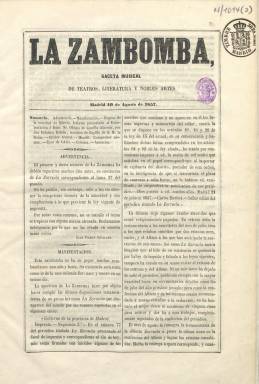
Título: La Zambomba (Madrid)
Colección: Cultura || Música
Ámbito geográfico: Madrid
Lugar de publicación: Madrid
Fechas: 10/08/1857-10/08/1857

Con este título sólo se tiró una entrega, correspondiente al diez de agosto de 1857, en sustitución de La Zarzuela, que había sido suspendida, tras publicar su número del 27 de julio, por el gobernador provincial de Madrid, ya que en esta publicación no aparecía indicado el nombre de su editor responsable ni ningún otro como firma de sus textos (sólo las iniciales de los mismos), y ello contravenía la ley de imprenta promulgada el 13 de abril de ese mismo año.

Así queda indicado en la primera página de La Zambomba, con la correspondiente nota de advertencia, firmada por Juan Ramón Igualada, única rúbrica que aparece en todos los textos de este único número, junto a la indicación de su editor responsable, que no es otro que su propio impresor, Aniceto Menéndez.

El subtítulo de La Zambomba será el mismo que había tenido La Zarzuela –gaceta musical de teatros, literatura y nobles artes-, periódico este que había comenzado su publicación el cuatro de febrero de 1856, dirigido por Eduardo Velaz de Medrano (1814-1865) e impreso por el citado Menéndez desde que el tres de noviembre había absorbido a El Agente de los teatros (1855), y fundido desde septiembre de ese mismo año con La Gaceta musical de Madrid (1855), que había dirigido por su parte Hilarión Eslava (1807-1878).

La Zambomba también tiene el mismo formato y estructura que La Zarzuela: contiene sumario y las secciones Crítica teatral, Crónica y Anuncios, y dos artículos, uno sobre el informe de Hilarión Eslava del órgano de la Catedral de Murcia y el segundo sobre la obra del compositor alemán Händel.

También, Juan Ramón Igualada anuncia en este único número de La Zambomba la salida del nuevo título La España artística, con el mismo subtítulo, formato y estructura, para encargarse de cubrir las suscripciones de La Zarzuela, manteniendo esta nueva publicación también los mismos redactores y director, que aparecerá durante un año a partir del 15 de octubre de 1857.